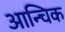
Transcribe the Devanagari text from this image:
आन्चिक